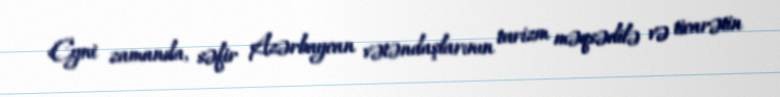
Eyni zamanda, səfir Azərbaycan vətəndaşlarının turizm məqsədilə və ticarətin